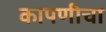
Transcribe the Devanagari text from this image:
कापणीचा